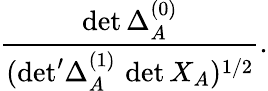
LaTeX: \frac{\operatorname*{det}\Delta_{A}^{(0)}}{({\operatorname*{det}}^{\prime}\Delta_{A}^{(1)}\, \operatorname*{det}X_{A})^{1/2}}.